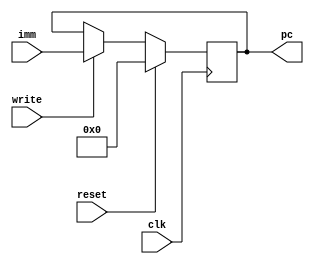

module Program_Counter(write,imm,clk,pc,reset);
        input [31:0] imm;
        input clk,write,reset;
        reg [31:0] PC;
        output [31:0] pc;
        always @(posedge clk)begin
            if(write==1) PC<=imm;
            if(reset) PC<=0;
        end
        assign pc=PC;
endmodule